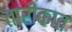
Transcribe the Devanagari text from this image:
तारीकात